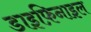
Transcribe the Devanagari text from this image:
डाइफ़िनाइल